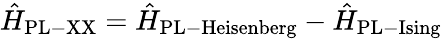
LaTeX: \hat{H}_{\mathrm{{PL-XX}}}=\hat{H}_{\mathrm{{PL-Heisenberg}}}-\hat{H}_{\mathrm{{PL-Ising}}}